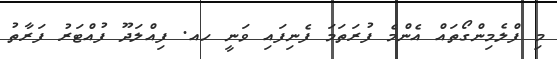
މި ފްލެމިންގޯތައް އެންމެ ފުރަތަމަ ފެނިފައި ވަނީ ހއ. ފިއްލަދޫ ފުއްޓަރު ފަރާތު